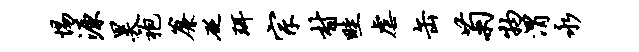
惕源昊袍帘砭珥宗村畦虐缶菊物渭永